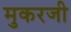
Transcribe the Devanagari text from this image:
मुकरजी